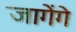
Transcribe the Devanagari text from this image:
जागेंगे